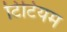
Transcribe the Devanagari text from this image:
टिटियम